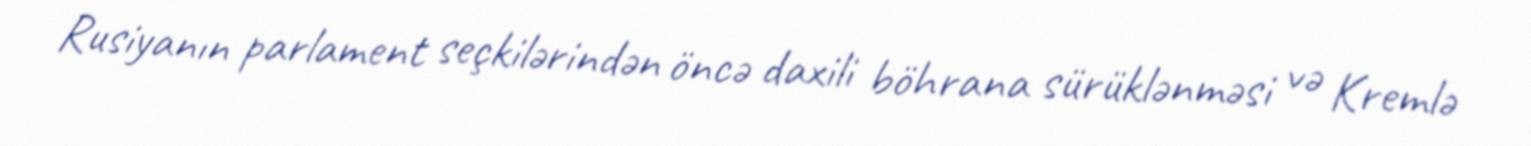
Rusiyanın parlament seçkilərindən öncə daxili böhrana sürüklənməsi və Kremlə